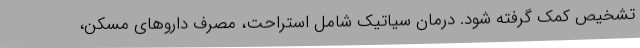
تشخیص کمک گرفته شود. درمان سیاتیک شامل استراحت، مصرف دارو‌های مسکن،